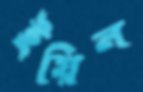
ইয়িন